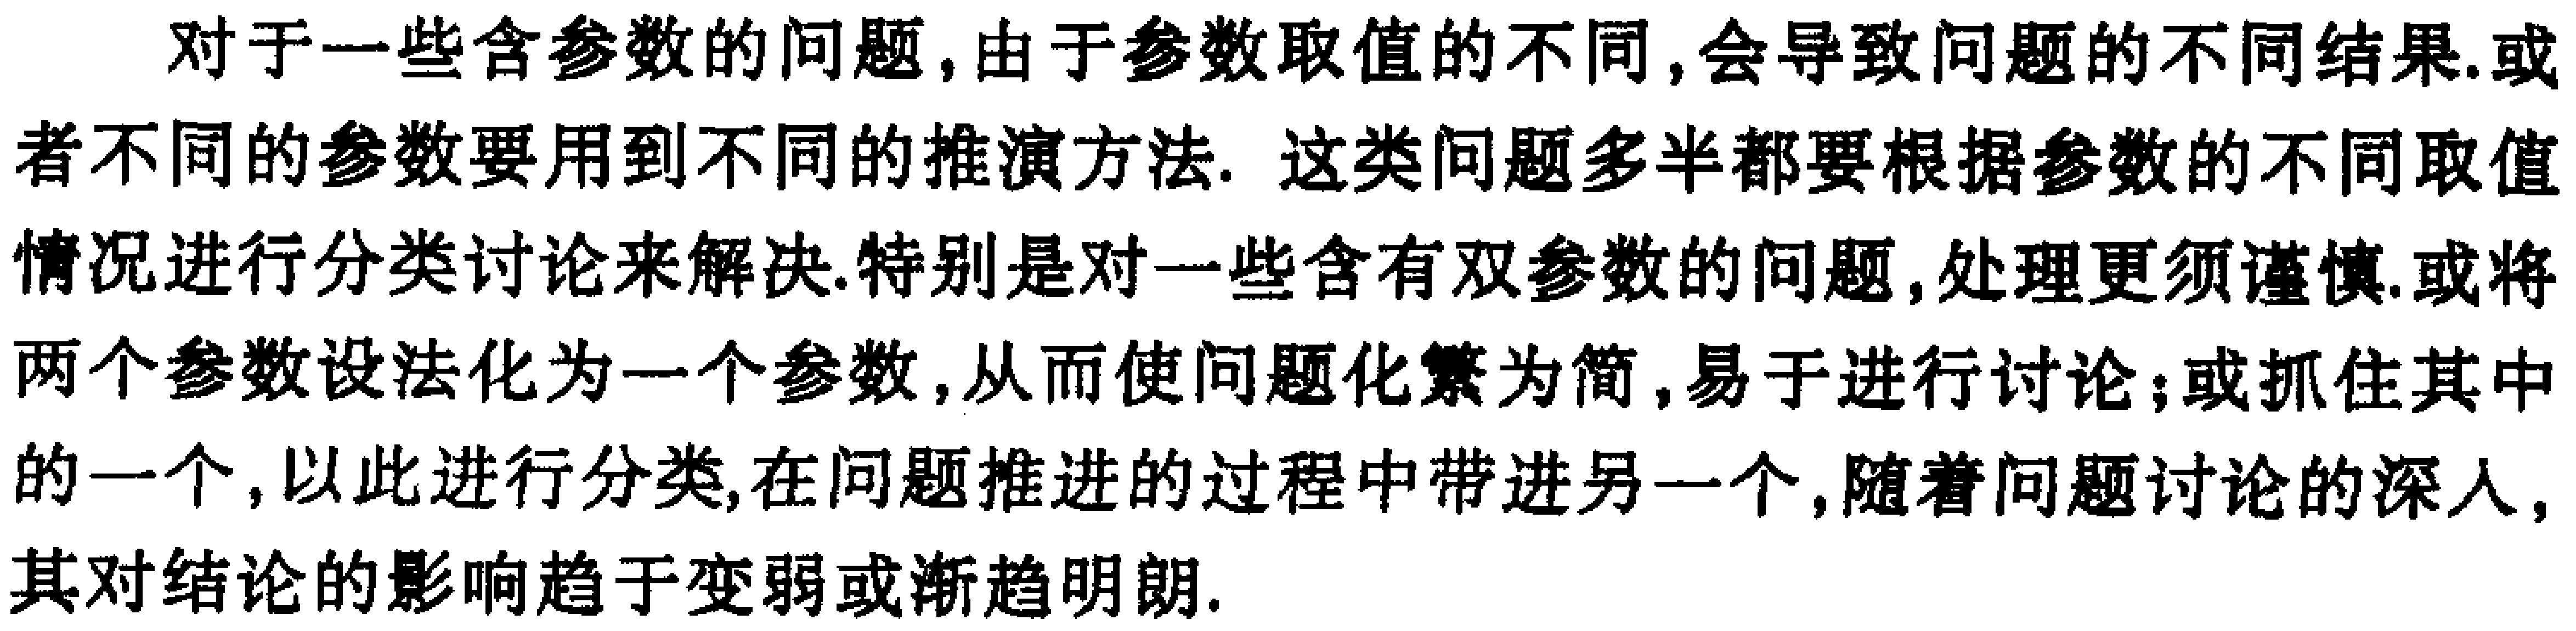
对于一些含参数的问题,由于参数取值的不同,会导致问题的不同结果.或者不同的参数要用到不同的推演方法. 这类问题多半都要根据参数的不同取值情况进行分类讨论来解决.特别是对一些含有双参数的问题,处理更须谨慎.或将两个参数设法化为一个参数,从而使问题化繁为简,易于进行讨论;或抓住其中的一个,以此进行分类,在问题推进的过程中带进另一个,随着问题讨论的深入,其对结论的影响趋于变弱或渐趋明朗.